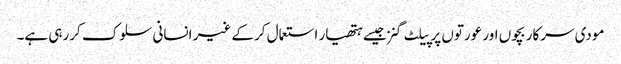
مودی سرکار بچوں اور عورتوں پر پیلٹ گنز جیسے ہتھیار استعمال کرکے غیر انسانی سلوک کررہی ہے۔